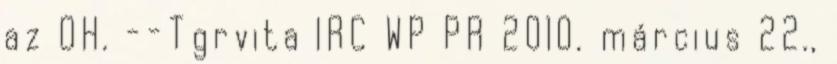
az OH. --Tgrvita IRC WP PR 2010. március 22.,